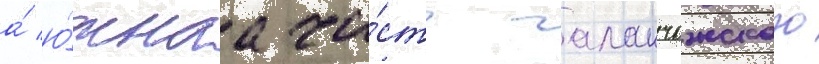
а́ ю́жнаа ча́сть галанчожского